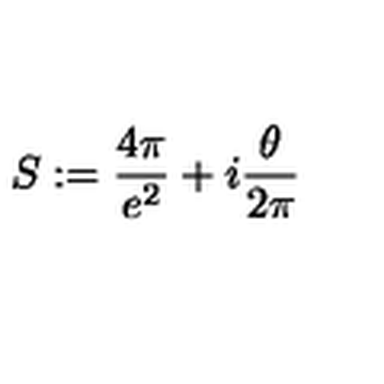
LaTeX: S : = \frac { 4 \pi } { e ^ { 2 } } + i \frac { \theta } { 2 \pi }